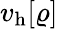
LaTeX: v_{\mathrm{h}}[\varrho]